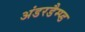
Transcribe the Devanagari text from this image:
अंडरडैम्प्ड